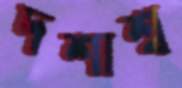
দশাশ্ব